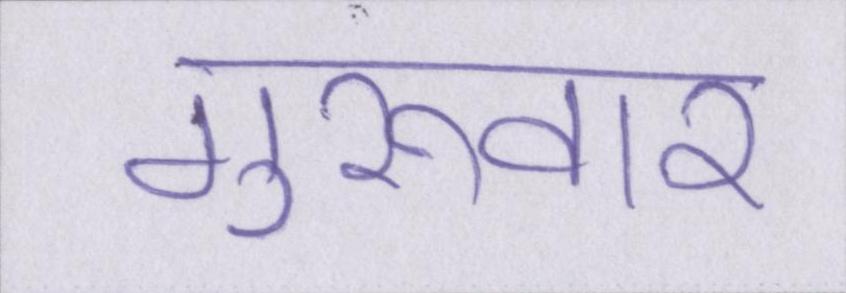
गुरूवार